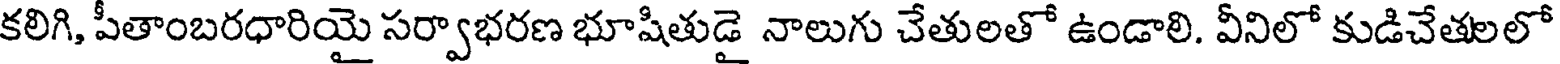
కలిగి, పీతాంబరధారియై సర్వాభరణ భూషితుడై నాలుగు చేతులతో ఉండాలి. వీనిలో కుడిచేతలలో